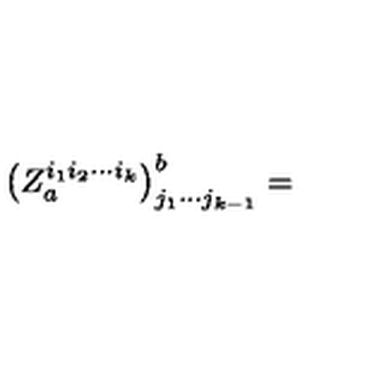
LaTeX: \left( Z _ { a } ^ { i _ { 1 } i _ { 2 } \cdots i _ { k } } \right) _ { j _ { 1 } \cdots j _ { k - 1 } } ^ { b } =